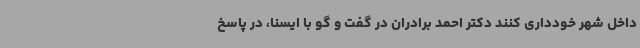
داخل شهر خودداری کنند دکتر احمد برادران در گفت و گو با ایسنا، در پاسخ